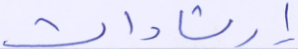
إرشادات